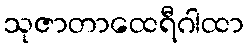
သုဇာတာထေရီဂါထာ